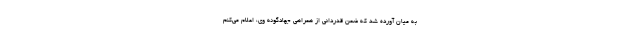
به میان آورده شد که ضمن قدردانی از همراهی جهادگونه وی، اعلام می‌کنم